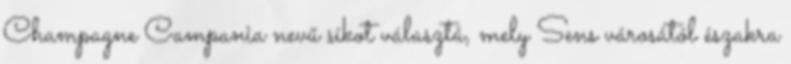
Champagne Campania nevű síkot választá, mely Sens városától északra